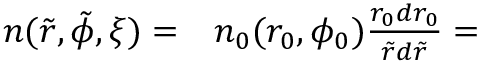
\begin{array} { r l } { n ( \tilde { r } , \tilde { \phi } , \xi ) = } & { { } n _ { 0 } ( r _ { 0 } , \phi _ { 0 } ) \frac { r _ { 0 } d r _ { 0 } } { \tilde { r } d \tilde { r } } = } \end{array}